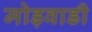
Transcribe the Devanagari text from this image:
मोड़वाडी